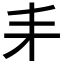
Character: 𠂙